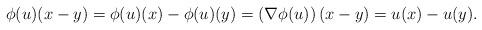
LaTeX: \begin{align*} \phi(u)(x-y) = \phi(u)(x) - \phi(u)(y) = \left(\nabla \phi(u)\right)(x-y) = u(x) - u(y). \end{align*}